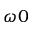
\omega 0